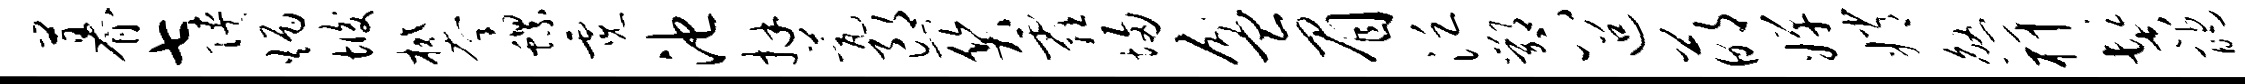
暮七陕炳垢攀螺霓池拜甍郎关霾埽盆眉泛鄂下迢萌婵嫦煞柙髻酡